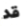
قد